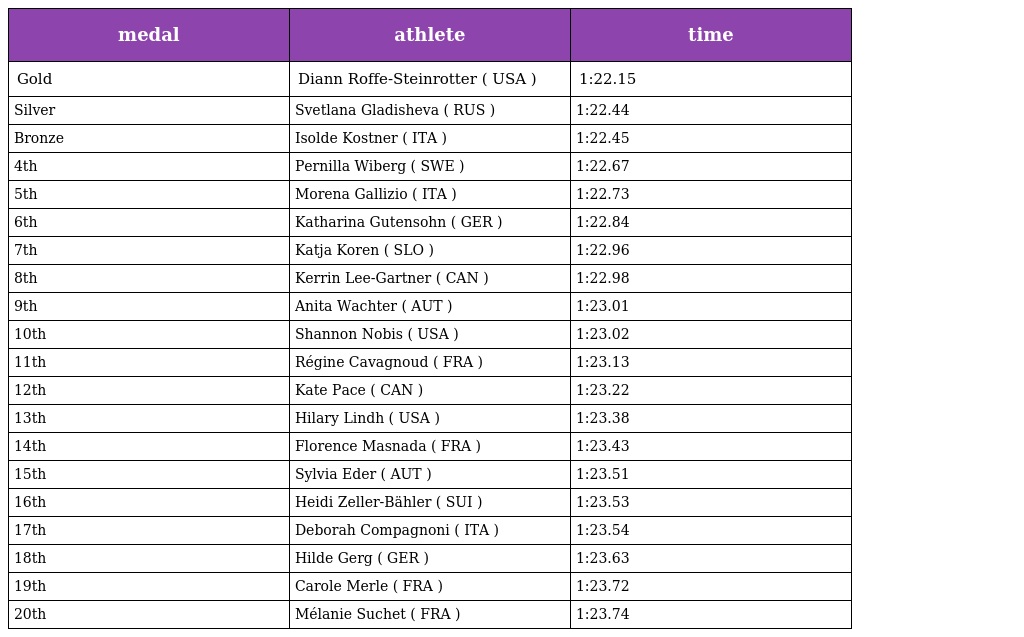
| medal | athlete | time |
 | --- | --- | --- |
 | Gold | Diann Roffe-Steinrotter ( USA ) | 1:22.15 |
 | Silver | Svetlana Gladisheva ( RUS ) | 1:22.44 |
 | Bronze | Isolde Kostner ( ITA ) | 1:22.45 |
 | 4th | Pernilla Wiberg ( SWE ) | 1:22.67 |
 | 5th | Morena Gallizio ( ITA ) | 1:22.73 |
 | 6th | Katharina Gutensohn ( GER ) | 1:22.84 |
 | 7th | Katja Koren ( SLO ) | 1:22.96 |
 | 8th | Kerrin Lee-Gartner ( CAN ) | 1:22.98 |
 | 9th | Anita Wachter ( AUT ) | 1:23.01 |
 | 10th | Shannon Nobis ( USA ) | 1:23.02 |
 | 11th | Régine Cavagnoud ( FRA ) | 1:23.13 |
 | 12th | Kate Pace ( CAN ) | 1:23.22 |
 | 13th | Hilary Lindh ( USA ) | 1:23.38 |
 | 14th | Florence Masnada ( FRA ) | 1:23.43 |
 | 15th | Sylvia Eder ( AUT ) | 1:23.51 |
 | 16th | Heidi Zeller-Bähler ( SUI ) | 1:23.53 |
 | 17th | Deborah Compagnoni ( ITA ) | 1:23.54 |
 | 18th | Hilde Gerg ( GER ) | 1:23.63 |
 | 19th | Carole Merle ( FRA ) | 1:23.72 |
 | 20th | Mélanie Suchet ( FRA ) | 1:23.74 |